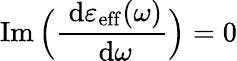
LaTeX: \operatorname{Im}\Big(\frac{\ \mathrm{d}\varepsilon_{\mathrm{eff}}(\omega)}{\ \mathrm{d}\omega}\Big)=0